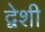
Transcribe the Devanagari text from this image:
द्वेशी